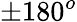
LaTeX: \pm 180^{o}